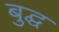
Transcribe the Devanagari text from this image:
बुद्घ